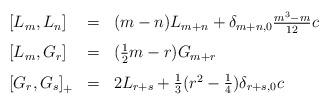
LaTeX: \begin{align*}\renewcommand{\arraystretch}{1.5} \begin{array}{lcl} {[}L_m,L_n{]} &=& (m-n)L_{m+n}+\delta_{m+n,0}\frac{m^3-m}{12}c \\ {[}L_m,G_r{]} &=& (\frac{1}{2}m-r)G_{m+r} \\ {[}G_r,G_s{]}_{+} &=& 2L_{r+s} + \frac{1}{3}(r^2-\frac{1}{4}) \delta_{r+s,0}c \end{array}\end{align*}